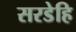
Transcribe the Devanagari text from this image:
सरडेहि